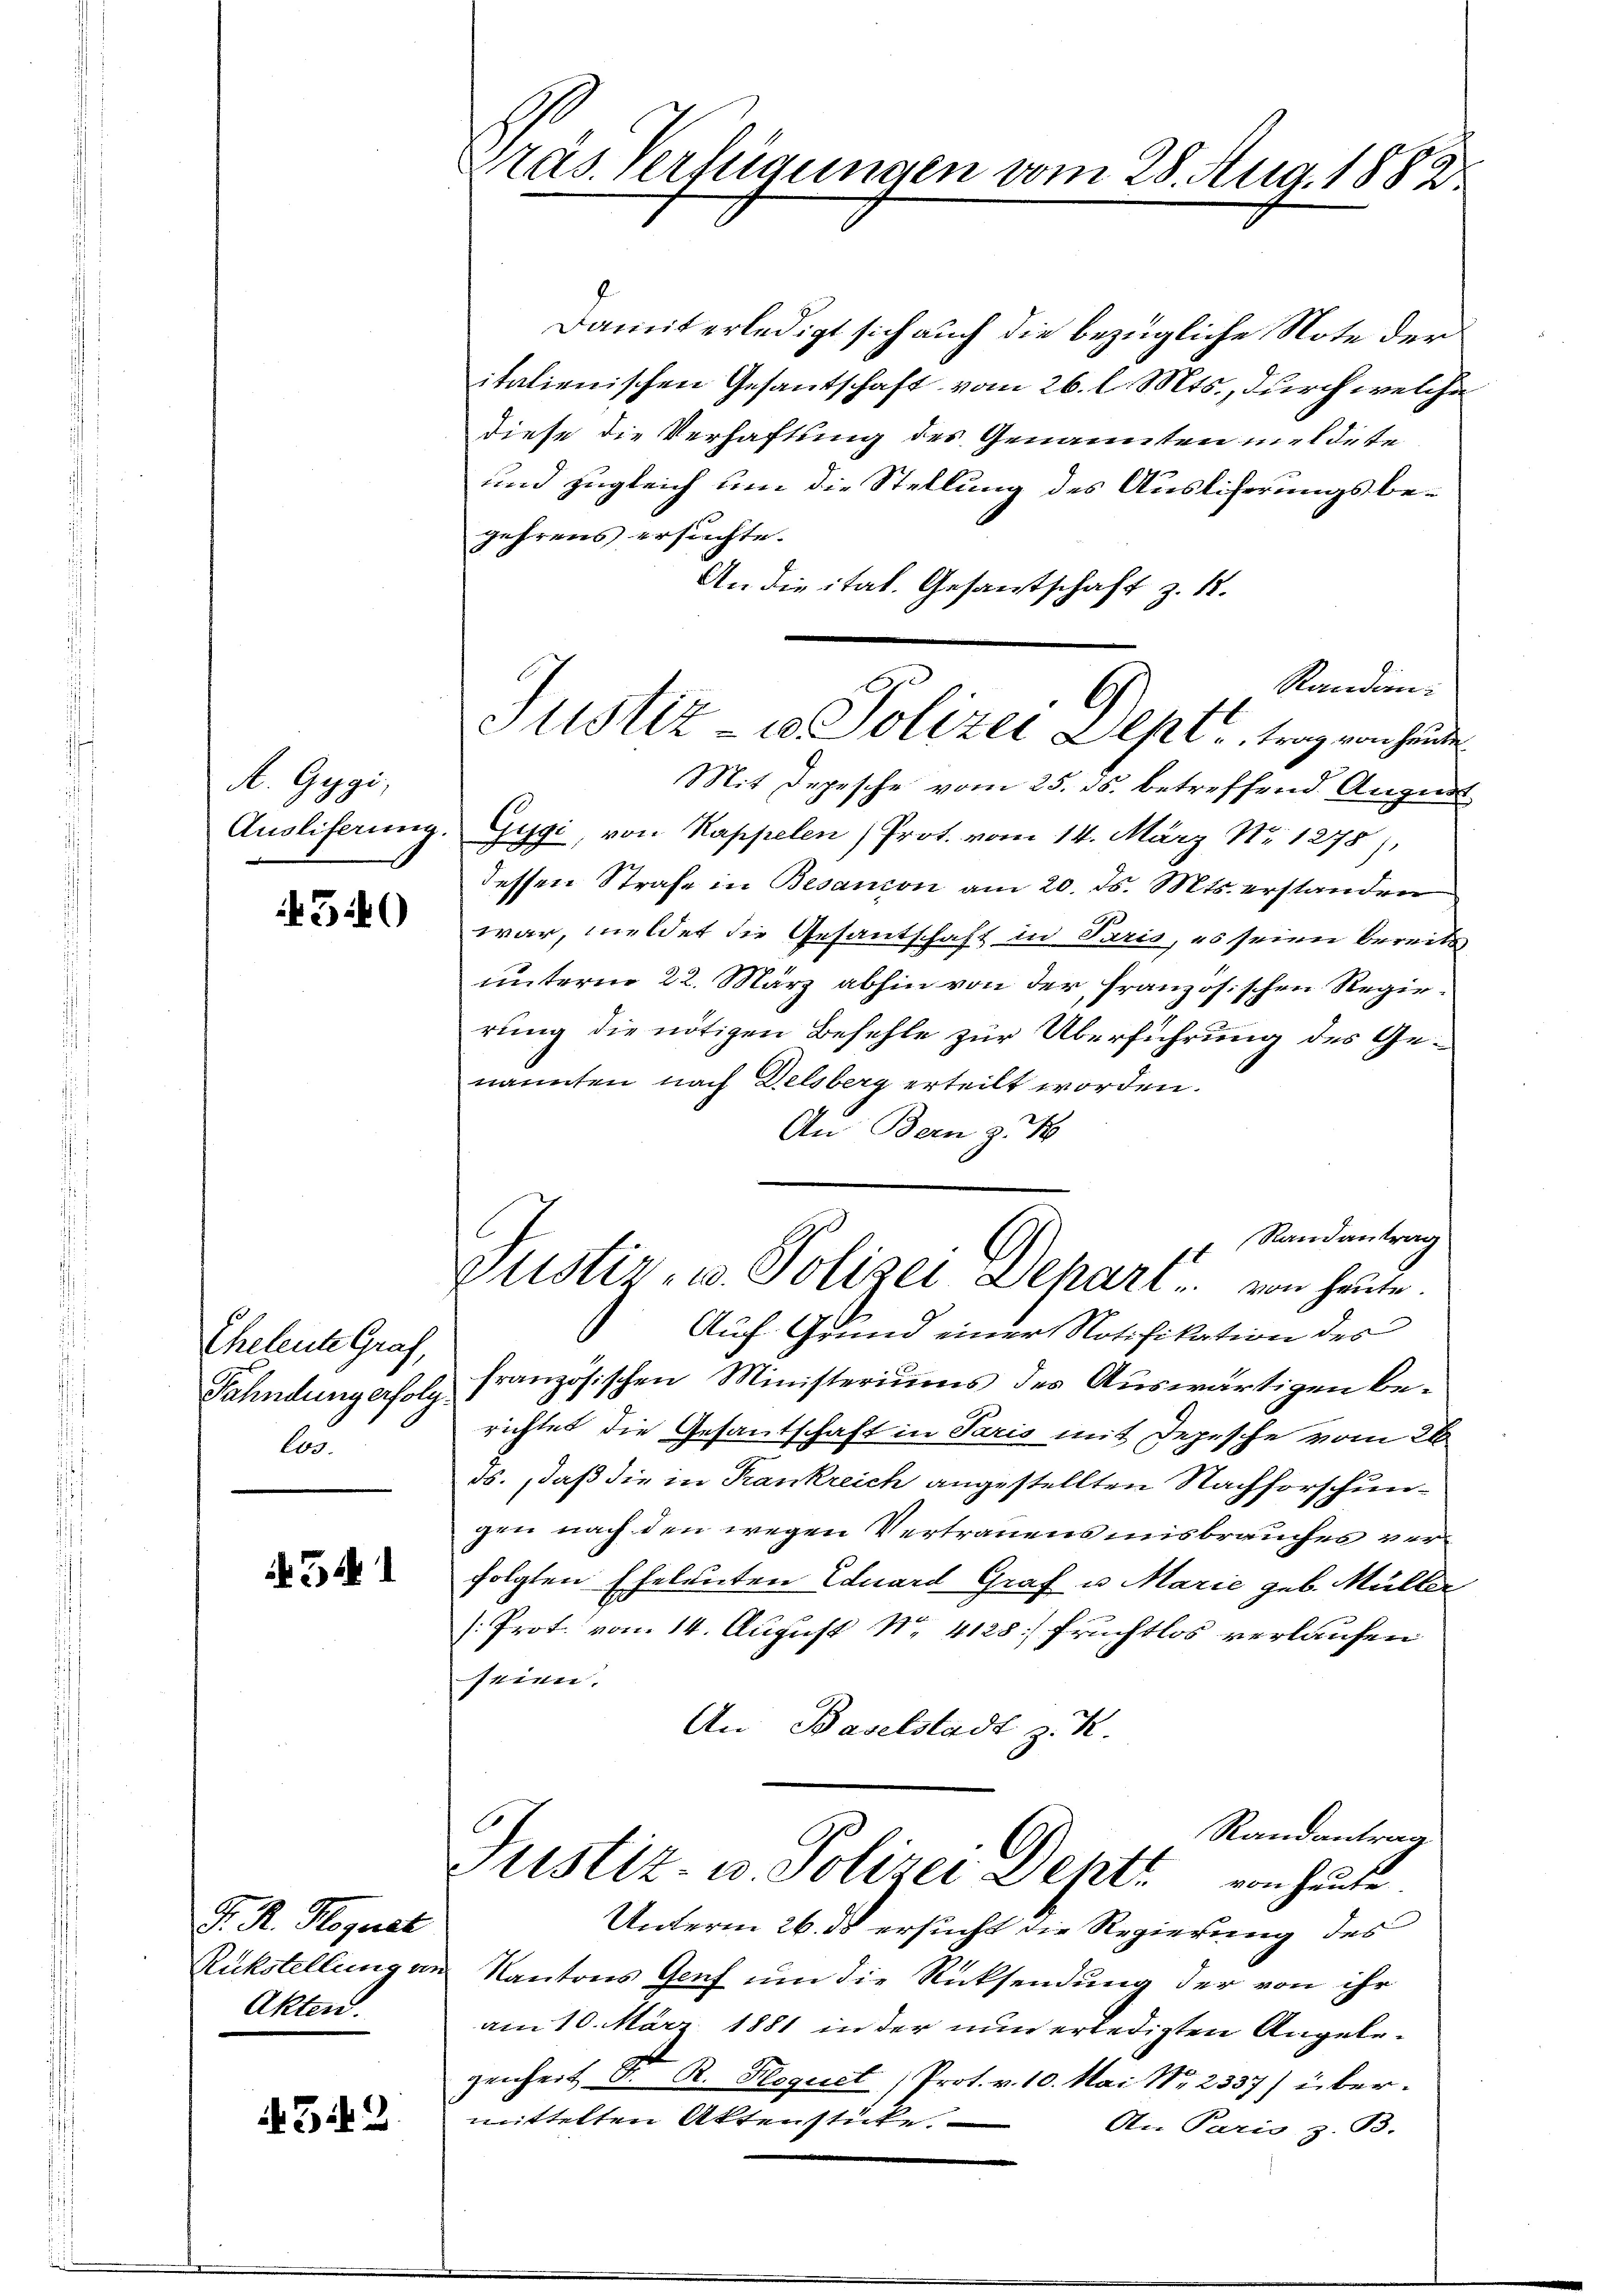
A. Gegi,
Ausliferung.

4540

Eheleute Graf,
Fähndung erfolg
le.

34

J. R. Hoquat
Rükstellung an
Akten.

343

Präs. Verfügungen vom 28. Aug. 1882

Damit erledigt sich auch die bezügliche Note der
italienischen Gesantschaft vom 26. l. Mts., durch welche
diese die Verhaftung des Genannten meldete
und zugleich um die Stellung des Ausliferungsbegehrens ersuchte.
An die ital. Gesantschaft z. 18.
Randien
Mit Depesche vom 25. ds. betreffend August
Gegi, von Kappelen Prot. vom 14. März Nr 1278),
dessen Strafe in Besandon am 20. ds. Mts. erstanden
war, meldet die Gesantschaft in Paris, es seien bereits
unterm 22. März abhin von der französischen Regierung die nötigen Befehle zur Überführung des Genannten nach Delsberg erteilt worden.
An Bern z.
 Randantrag
zustiz- u. Polizei Depart u. von heute.
Auf Grund einer Notifikation des
französischen Ministeriums des Auswärtigen berichtet die Gesantschaft in Paris mit Depesche vom 26
ds. daß die in Frankreich angestellten Nachforschungen nach den wegen Vertrauensmisbrauches verfolgten Eheleuten Eduard Graf u. Marie geb. Müller
: Prot. vom 14. August No. 4128) Fruchtlos verlaufen
seien.
An Baselstadt z. K
Randantrag
Justiz u. Polizei Deptt. von heute.
Unterm 26. ds ersucht die Regierung des
Kantons Genf um die Rücksendung der von ihr
am 10. März 1881 in der nun erledigten Angelegenheit D. R. Hoquet (Prot. v. 10. Mai Nr. 2337) übermittelten Aktenstücke.
An Paris z. B.

Astiz- u. Polizei Lept, trag vorhande